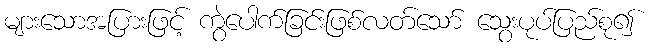
များသောအပြားဖြင့် ကွဲပေါက်ခြင်းဖြစ်လတ်သော် သွေးပုပ်ပြည်စု၍